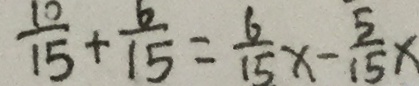
\frac { 1 0 } { 1 5 } + \frac { 6 } { 1 5 } = \frac { 6 } { 1 5 } x - \frac { 5 } { 1 5 } x